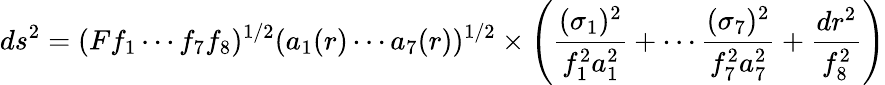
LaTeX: ds^{2}=(Ff_{1}\cdots f_{7}f_{8})^{1/2}(a_{1}(r)\cdots a_{7}(r))^{1/2}\times\left({\frac{(\sigma_{1})^{2}}{f_{1}^{2}a_{1}^{2}}}+\cdots{\frac{(\sigma_{7})^{2}}{f_{7}^{2}a_{7}^{2}}}+{\frac{dr^{2}}{f_{8}^{2}}}\right)